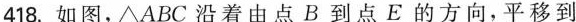
418.如图，△ABC沿着由点B到点E的方向，平移到